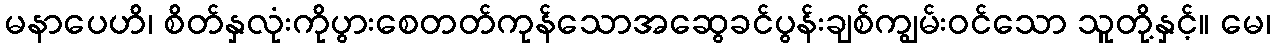
မနာပေဟိ၊ စိတ်နှလုံးကိုပွားစေတတ်ကုန်သောအဆွေခင်ပွန်းချစ်ကျွမ်းဝင်သော သူတို့နှင့်။ မေ၊